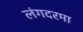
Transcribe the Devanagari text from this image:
लंगदरमा